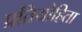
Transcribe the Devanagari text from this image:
प्रतियोहिता